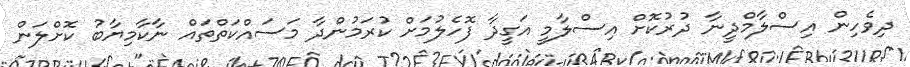
ދިވެހިން އިސްލާމްދީނާ ދުރުކޮށް އިސްލާމީ އަގީދާ ފޮހެލުމަށް ކުރަމުންދާ މަސައްކަތްތައް ނާކާމިޔާބު ކޮށްލަން